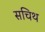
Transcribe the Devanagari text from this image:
सचिथ